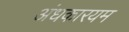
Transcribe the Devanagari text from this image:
अंधकारयम